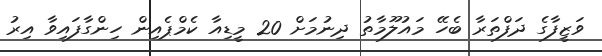
ވަޒީފާގެ ދަފްތަރާ ބެހޭ މައުލޫމާތު ދިނުމަށް 20 މީޑިއާ ކެމްޕެއިން ހިންގާފައިވާ އިރު